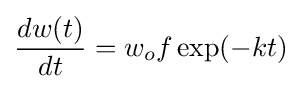
{dw(t) \over dt}=w_{o}f\exp(-kt)